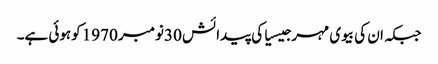
جبکہ ان کی بیوی مہر جیسیاکی پیدائش 30نومبر 1970 کوہوئی ہے۔